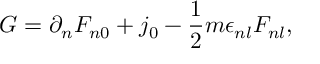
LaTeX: { \cal G } = \partial _ { n } F _ { n 0 } + j _ { 0 } - \frac { 1 } { 2 } m \epsilon _ { n l } F _ { n l } ,